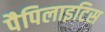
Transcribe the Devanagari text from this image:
पैपिलाइटिस